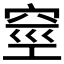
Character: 𥥻